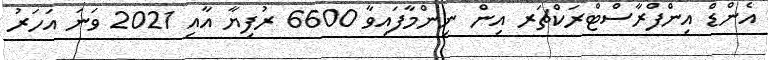
އެންޑް އިންފްރާސްޓްރަކްޗަރ އިން ނިންމާފައިވާ 6600 ރުފިޔާ އާއި 2021 ވަނަ އަހަރު